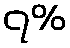
၇%